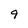
Character: 9